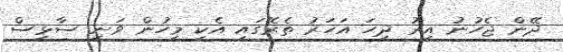
ދޭން ޖެހުނު އިރު ދިހަ އަހަރު ތެރޭގައި އެކި މީހުން ވަނީ ސާޅީސް